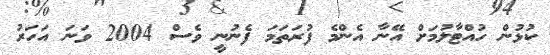
ކުޅުން ހުއްޓާލުމަށް އޭނާ އެންމެ ފުރަތަމަ ފެނުނީ ވެސް 2004 ވަނަ އަހަރު